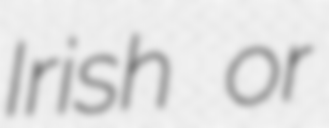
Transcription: Irish or